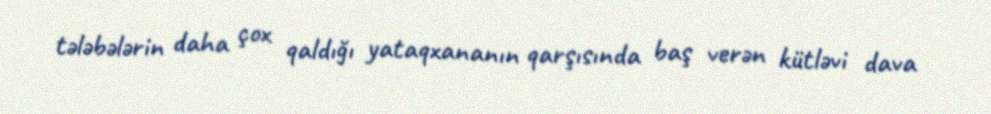
tələbələrin daha çox qaldığı yataqxananın qarşısında baş verən kütləvi dava